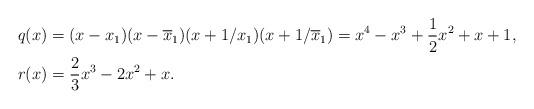
LaTeX: \begin{align*} q(x) & = (x - x_1)(x - \overline{x}_1) (x + 1/x_1)(x + 1/\overline{x}_1) = x^4 - x^3 + \frac{1}{2} x^2 + x + 1, \\ r(x) & = \frac{2}{3} x^3 - 2 x^2 + x. \end{align*}